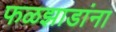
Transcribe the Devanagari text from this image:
फळझाडांना